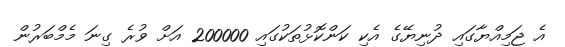
އެ ޖަމިއްޔާގައި ދުނިޔޭގެ އެކި ކަންކޮޅުތަކުގައި 200000 އަށް ވުރެ ގިނަ މެމްބަރުން